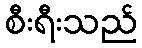
စီးရီးသည်